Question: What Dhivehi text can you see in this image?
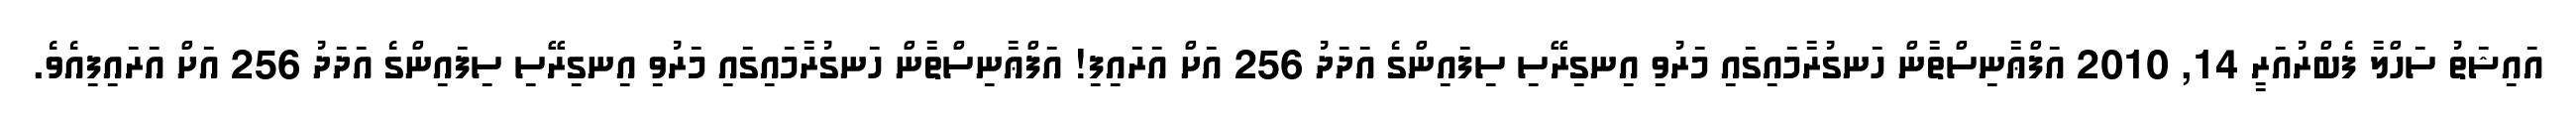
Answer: އައިޝަތު ސަހްލާ ފެބްރުއަރީ 14, 2010 އަފްޢާނިސްތާން ހަނގުރާމައިގައި މަރުވި އިނގިރޭސި ސިފައިންގެ އަދަދު 256 އަށް އަރައިފި! އަފްޢާނިސްތާން ހަނގުރާމައިގައި މަރުވި އިނގިރޭސި ސިފައިންގެ އަދަދު 256 އަށް އަރައިފިއެވެ.